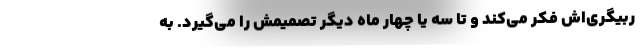
ربیگری‌اش فکر می‌کند و تا سه یا چهار ماه دیگر تصمیمش را می‌گیرد. به